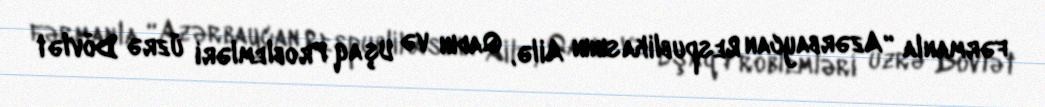
fərmanla “Azərbaycan Respublikasının Ailə, Qadın və Uşaq Problemləri üzrə Dövlət